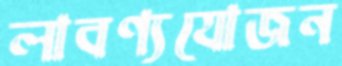
লাবণ্যযোজন